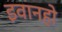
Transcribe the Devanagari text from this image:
इवानहो